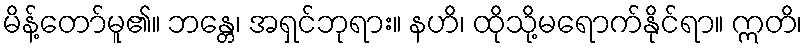
မိန့်တော်မူ၏။ ဘန္တေ၊ အရှင်ဘုရား။ နဟိ၊ ထိုသို့မရောက်နိုင်ရာ။ ဣတိ၊